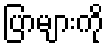
ပြာများကို